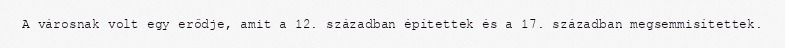
A városnak volt egy erődje, amit a 12. században építettek és a 17. században megsemmisítettek.